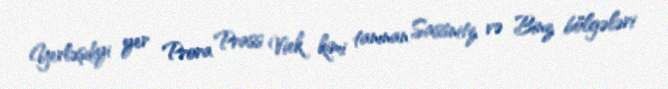
Yerləşdiyi yer Prora Prass Viek kimi tanınan Sassnitz və Binz bölgələri